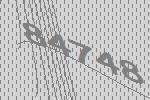
84748